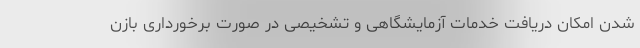
شدن امکان دریافت خدمات آزمایشگاهی و تشخیصی در صورت برخورداری بازن